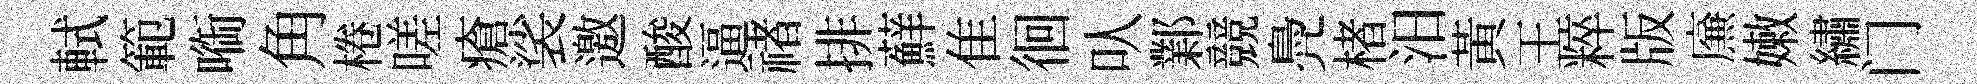
軾範㗸角棬嗟瘡裟邀酸逼禇排蘚隹徊㕥鄴競鳧楮汨黃王粹版㢘嫩繡门